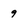
Character: 9